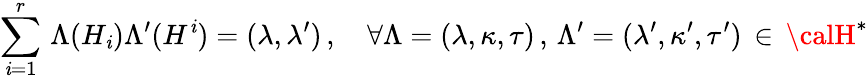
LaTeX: \sum_{\mathit{i}=1}^{r}\, \Lambda(H_{\mathit{i}})\Lambda^{\prime}(H^{\mathit{i}})=(\lambda,\lambda^{\prime})\, ,~~~~\forall\Lambda=(\lambda,\kappa,\tau)\, ,\, \Lambda^{\prime}=(\lambda^{\prime},\kappa^{\prime},\tau^{\prime})\, \in\, {\calH}^{*}